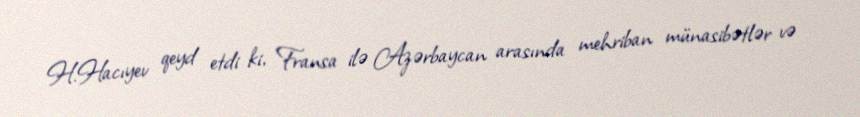
H.Hacıyev qeyd etdi ki, Fransa ilə Azərbaycan arasında mehriban münasibətlər və